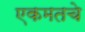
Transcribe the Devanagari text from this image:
एकमतचे